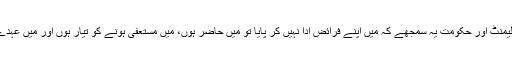
ریاض فتیانہ نے آئی ایس آئی کے سربراہ کے الفاظ کو دہراتے ہوئے کہا کہ” اگر پارلیمنٹ اور حکومت یہ سمجھے کہ میں اپنے فرائض ادا نہیں کر پایا تو میں حاضر ہوں، میں مستعفی ہونے کو تیار ہوں اور میں عہدے سے چمٹے نہیں رہوں گا ،میں پارلیمنٹ اور حکومت کے احکامات کو بجا لاؤں گا۔